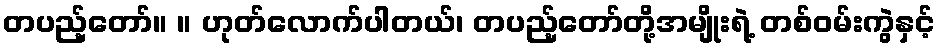
တပည့်တော်။ ။ ဟုတ်လောက်ပါတယ်၊ တပည့်တော်တို့အမျိုးရဲ့ တစ်ဝမ်းကွဲနှင့်